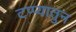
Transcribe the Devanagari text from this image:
टप्प्यातुन